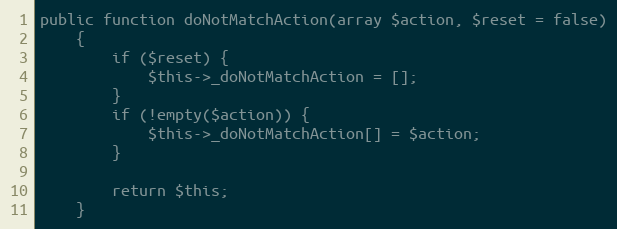
Language: PHP
public function doNotMatchAction(array $action, $reset = false)
    {
        if ($reset) {
            $this->_doNotMatchAction = [];
        }
        if (!empty($action)) {
            $this->_doNotMatchAction[] = $action;
        }

        return $this;
    }